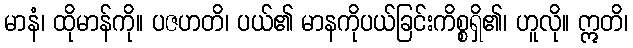
မာနံ၊ ထိုမာန်ကို။ ပဇဟတိ၊ ပယ်၏ မာနကိုပယ်ခြင်းကိစ္စရှိ၏၊ ဟူလို။ ဣတိ၊